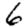
Digit: 6